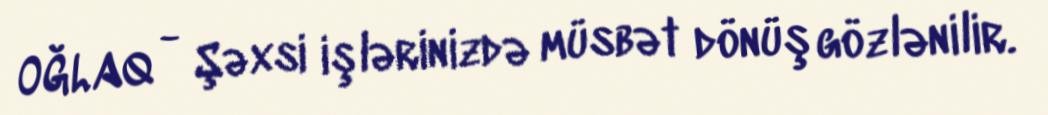
OĞLAQ - Şəxsi işlərinizdə müsbət dönüş gözlənilir.